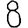
Digit: 8